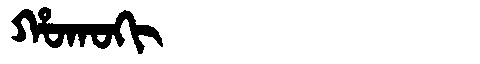
Manchu: ᡥᠣᡴᠣᡴᡳ
Romanization: HOKOKI